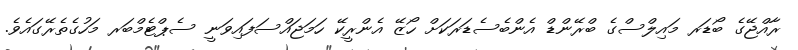
ރާއްޖޭގެ ބޯޑަރ މައިލްސްގެ ބްރޭންޑް އެންބެސެޑަރަކަށް ހޯޒޭ އެންރީކޭ ހަމަޖައްސަފައިވަނީ ސެޕްޓެމްބަރ މަހުގެތެރޭގައެވެ.